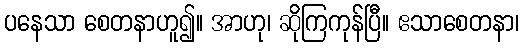
ပနေသာ စေတနာဟူ၍။ အာဟု၊ ဆိုကြကုန်ပြီ။ ဧသာစေတနာ၊